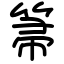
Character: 箒